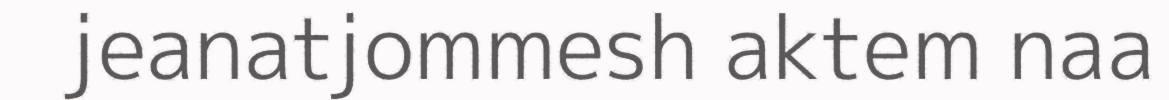
jeanatjommesh aktem naa